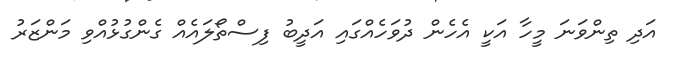
އަދި ތިންވަނަ މީހާ އަކީ އެހެން ދުވަހެއްގައި އަދީބު ފިސްތޯލައެއް ގެންގުޅުއްވި މަންޒަރު